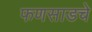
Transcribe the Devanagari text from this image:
फणसाडचे